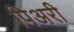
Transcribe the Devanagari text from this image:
पिअरी